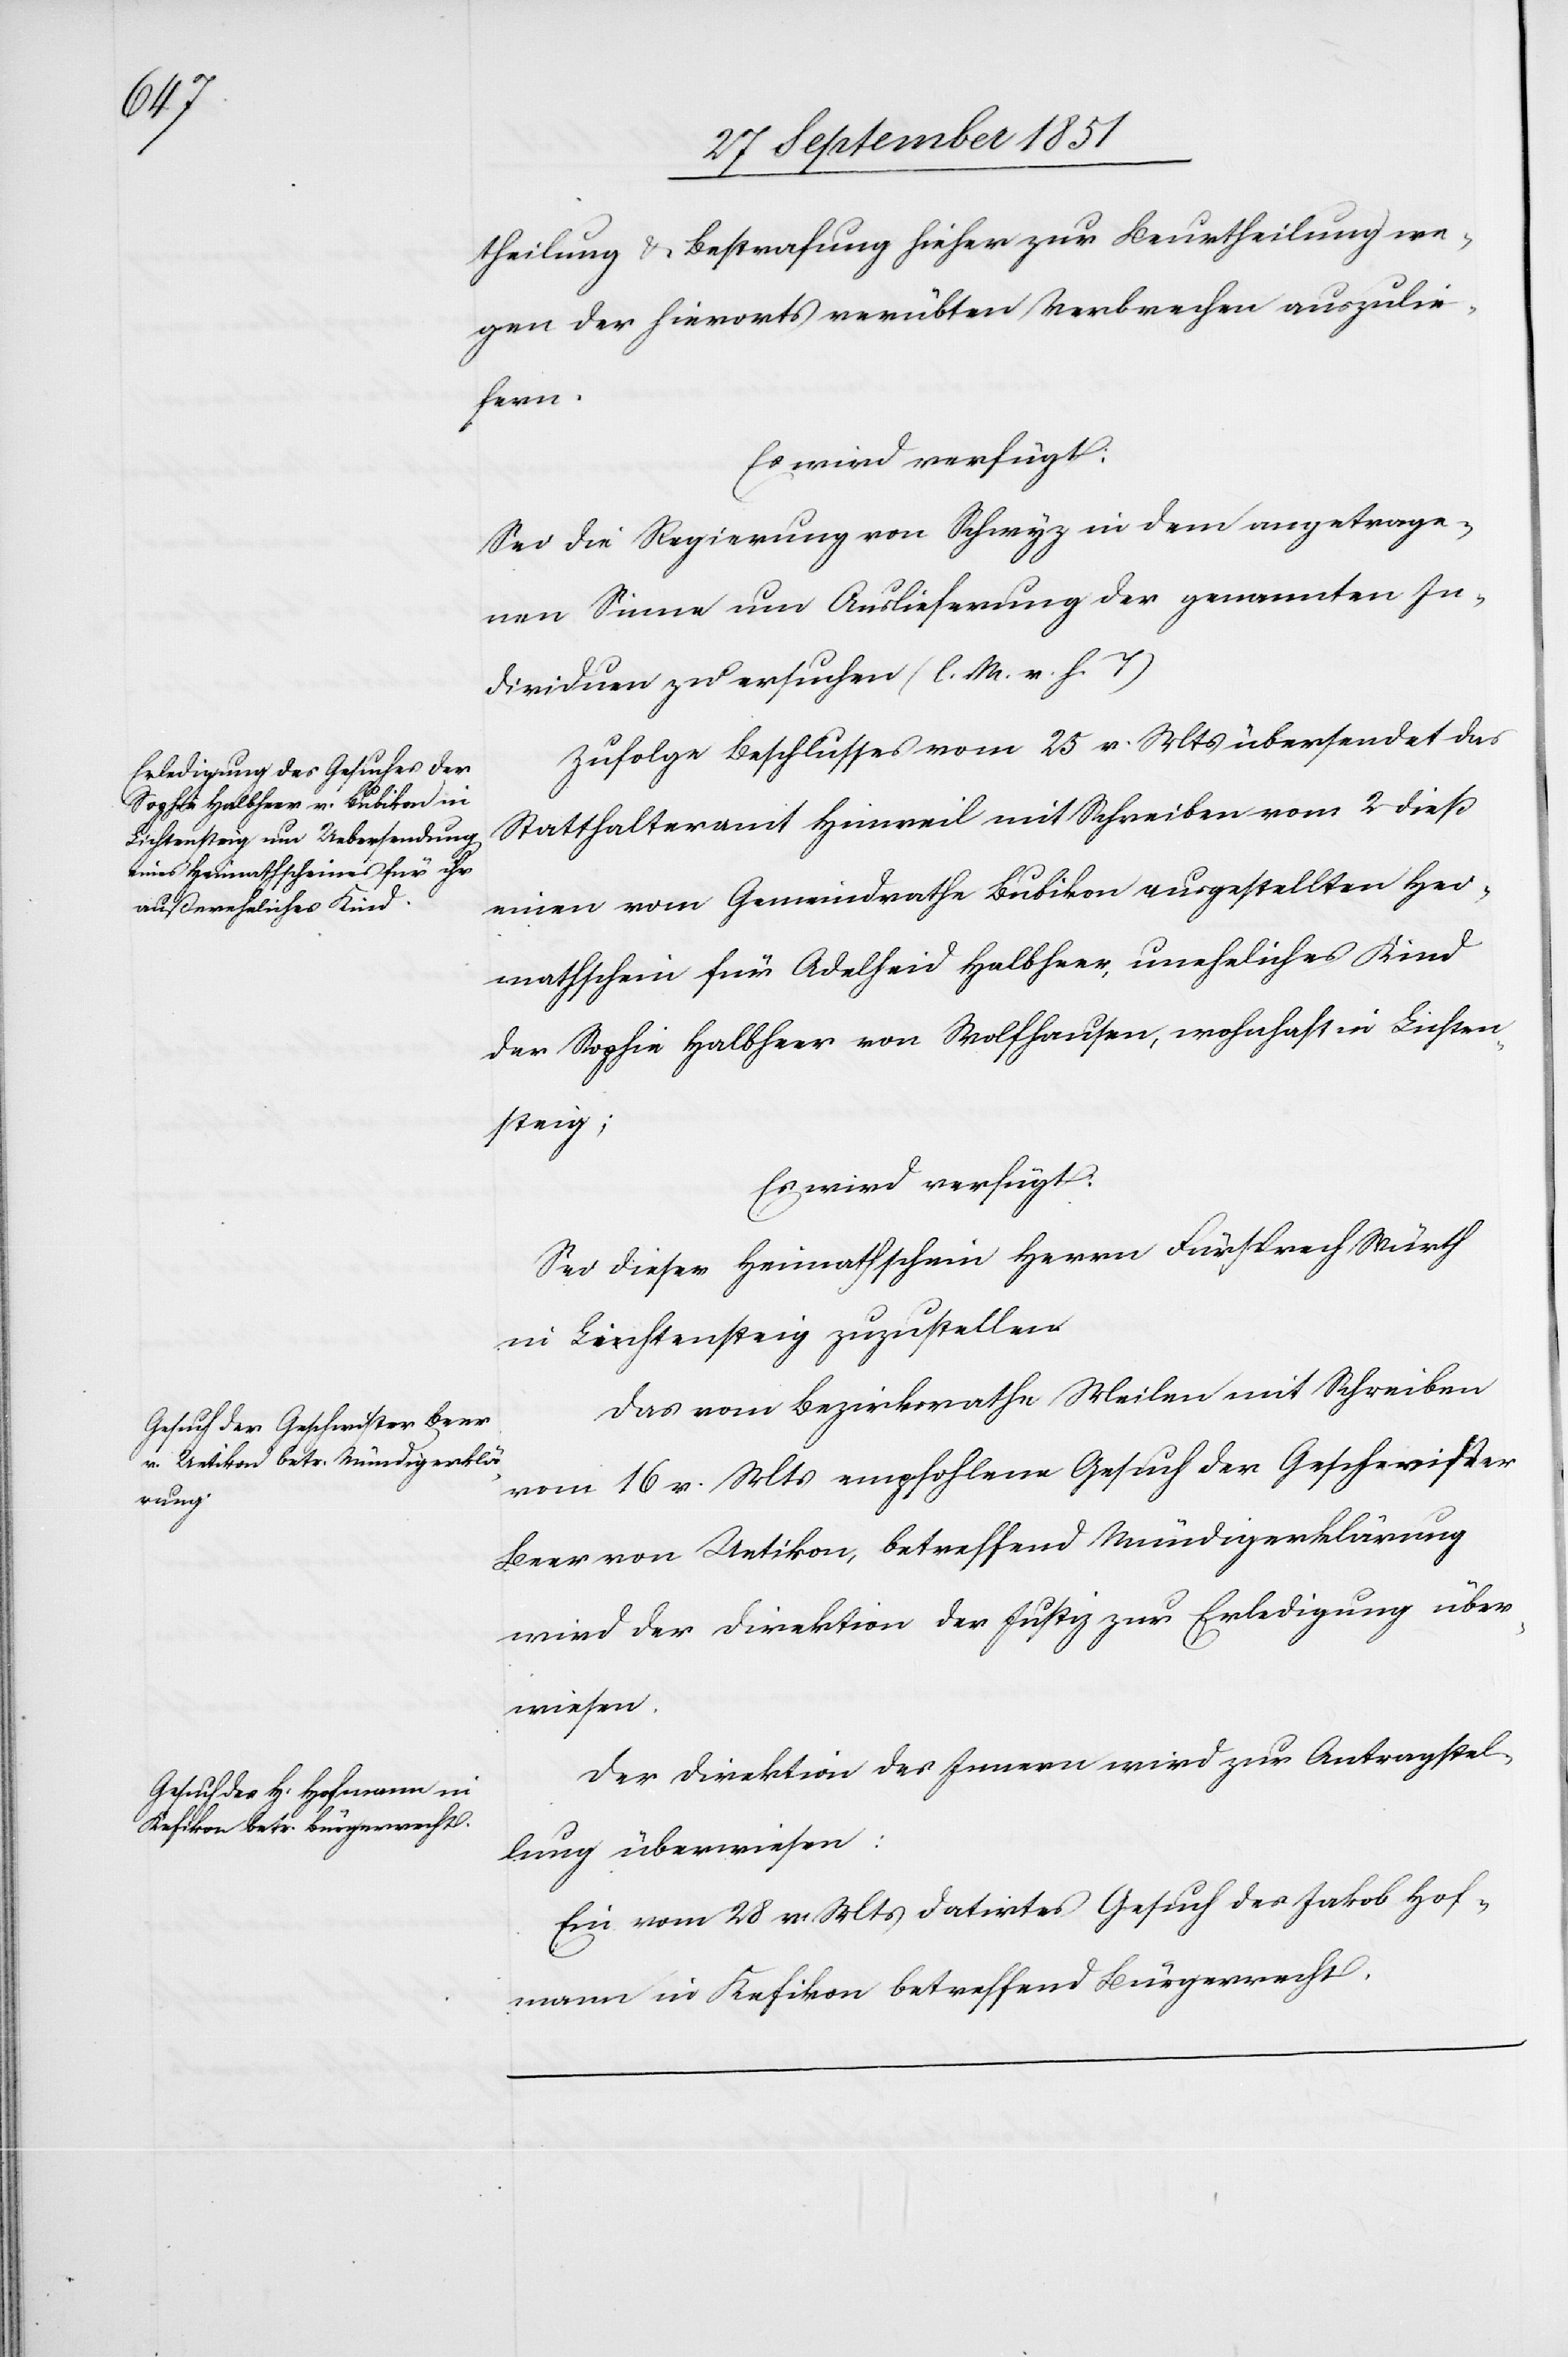
theilung & Bestrafung hieher zur Beurtheilung we¬
gen der hierorts verübten Verbrechen auszulie¬
fern.
Es wird verfügt:
Sei die Regierung von Schwyz in dem angetrage¬
nen Sinne um Auslieferung der genannten In¬
dividuen zu ersuchen (l. M. v. h. T)
Zufolge Beschlusses vom 25 v. Mts übersendet das
Statthalteramt Hinweil mit Schreiben vom 2 dieß
einen vom Gemeindrathe Bubikon ausgestellten Hei¬
mathschein für Adelheid Halbheer, uneheliches Kind
der Sophie Halbheer von Wolfhausen, wohnhaft in Lichten¬
steig;
Es wird verfügt:
Sei dieser Heimathschein Herrn Fürsprech Würth
in Lichtensteig zuzustellen.
Das vom Bezirksrathe Meilen mit Schreiben
vom 16 v. Mts empfohlene Gesuch der Geschewister
Beer von Uetikon, betreffend Mündigerklärung
wird der Direktion der Justiz zur Erledigung über¬
wiesen.
Der Direktion des Innern wird zur Antragstel¬
lung überwiesen:
Ein vom 28 v. Mts datirtes Gesuch des Jakob Hof¬
mann in Kefikon betreffend Bürgerrecht.